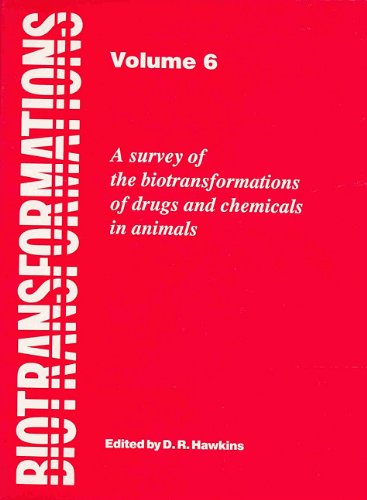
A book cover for Biotransformations: A Survey of the Biotransformations of Drugs and Chemicals in Animals: Volume 6; Medical Books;